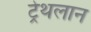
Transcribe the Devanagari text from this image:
ट्रेथलान